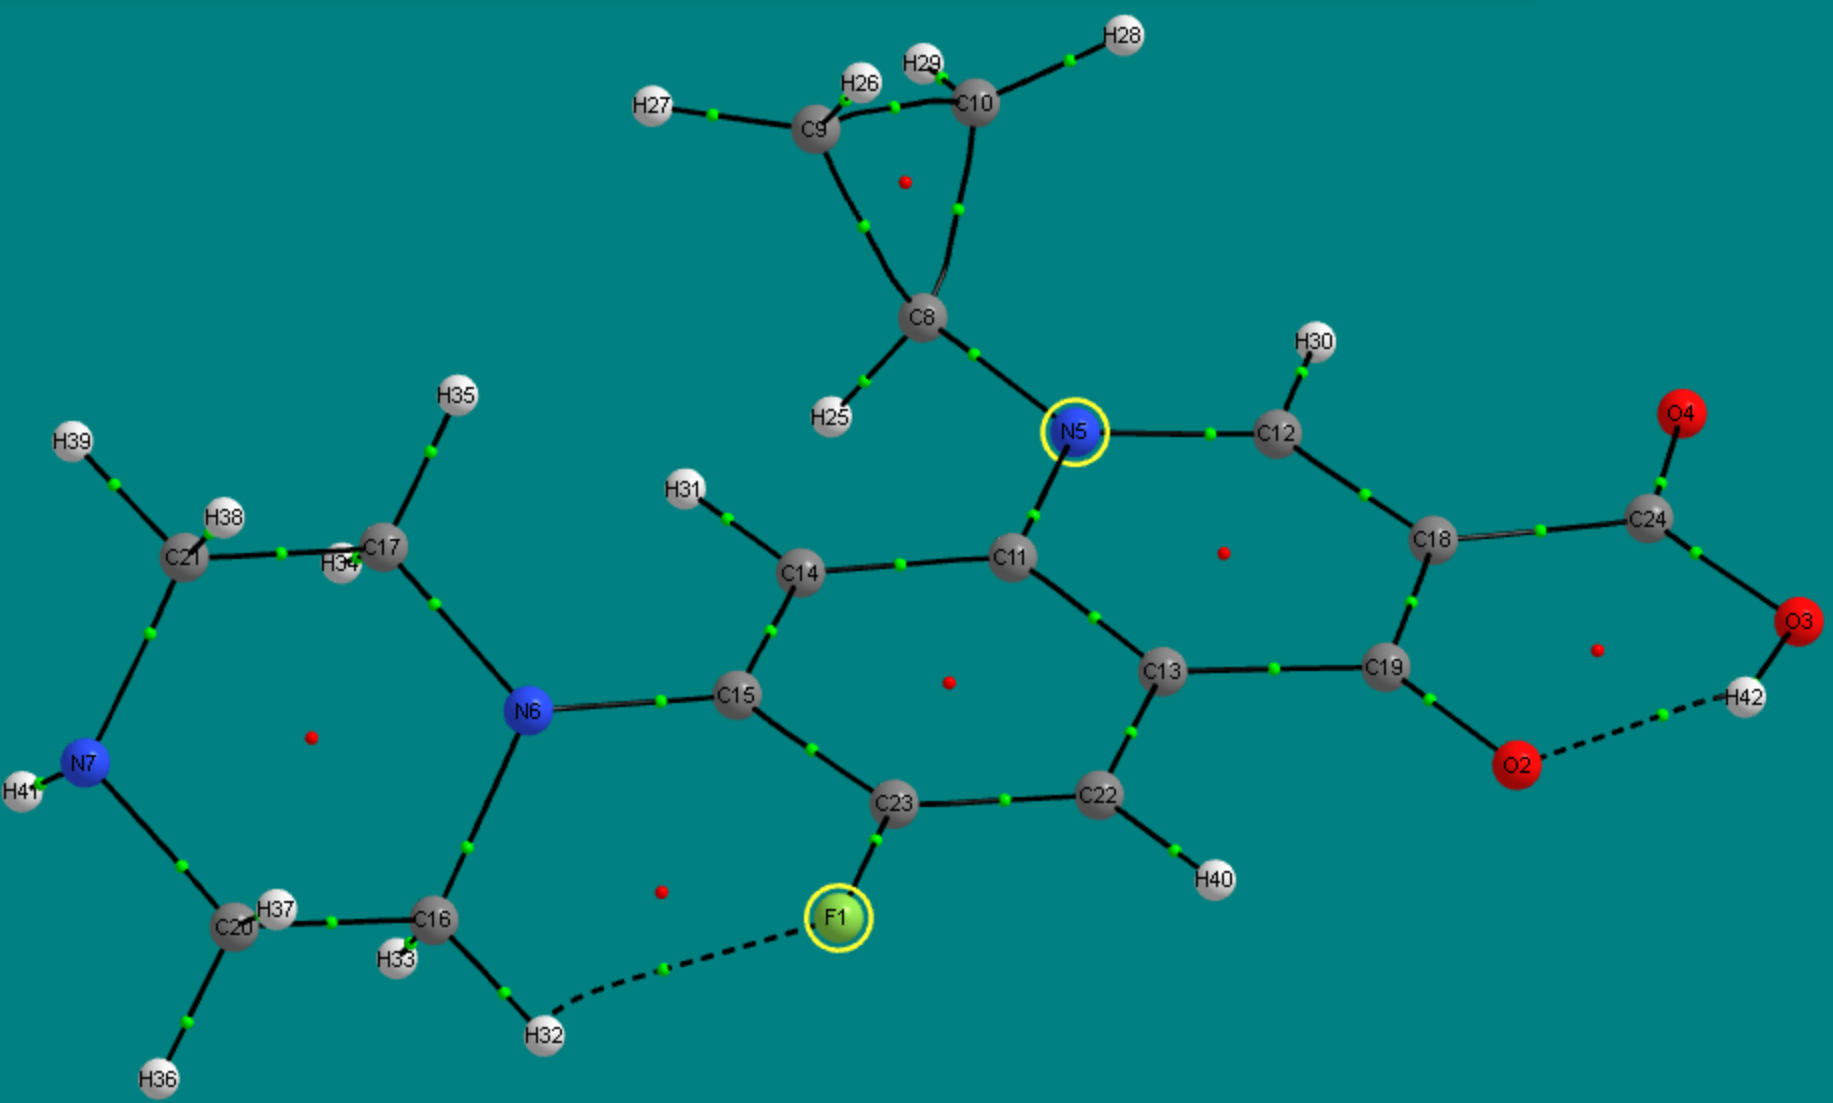
aimaii, QTAIM,critical points